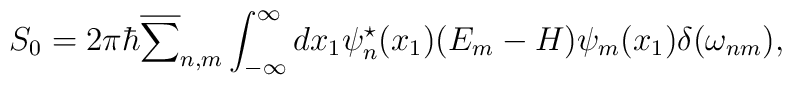
S_0 = 2{\pi}{\hbar} \overline{\sum}_{n,m} \int_{-\infty}^{\infty}dx_1 {\psi}^{\star}_n(x_1) (E_m-H) {\psi}_m(x_1) \delta({\omega}_{nm}),